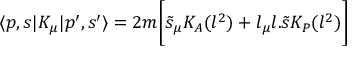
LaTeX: \langle p , s | K _ { \mu } | p ^ { \prime } , s ^ { \prime } \rangle = 2 m \biggl [ { \tilde { s } } _ { \mu } K _ { A } ( l ^ { 2 } ) + l _ { \mu } l . { \tilde { s } } K _ { P } ( l ^ { 2 } ) \biggr ]